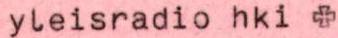
yleisradio hki +